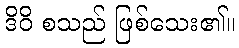
ဒိဝိ စသည် ဖြစ်သေး၏။